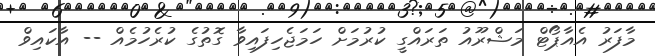
މާފަރު އެއާޕޯޓް މަޝްރޫއު ތަރައްގީ ކުރުމަށް ހަމަޖެހިފައިވާ ގޮތުގެ ކުރެހުމެއް -- އާކައިވް